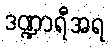
ဒဏ္ဍာရီအရ